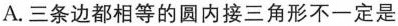
A.三条边都相等的圆内接三角形不一定是